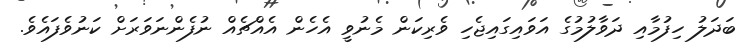
ބަދަލު ހިފުމާއި ދަވާލުމުގެ އަވައިގައިޖެހި ވެރިކަން މެނުވީ އެހެން އެއްޗެއް ނުފެންނަވަރަށް ކަނުވެފައެވެ.